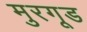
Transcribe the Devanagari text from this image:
मुरगूड